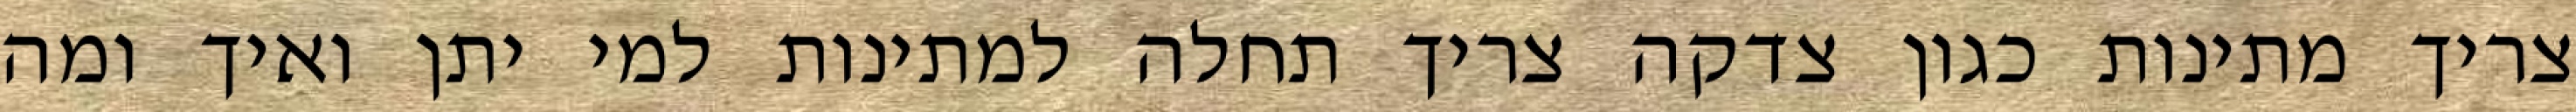
צריך מתינות כגון צדקה צריך תחלה למתינות למי יתן ואיך ומה